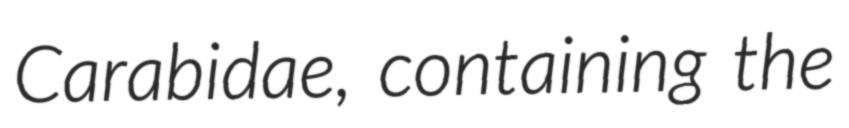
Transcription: Carabidae, containing the